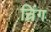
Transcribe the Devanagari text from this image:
न्रिंग